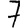
Digit: 7